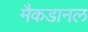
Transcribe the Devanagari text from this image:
मैकडानल